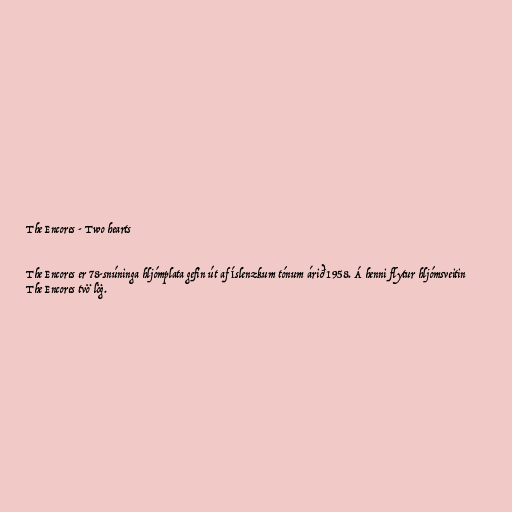
The Encores - Two hearts

The Encores er 78-snúninga hljómplata gefin út af Íslenzkum tónum árið 1958. Á henni flytur hljómsveitin
The Encores tvö lög.